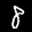
Label: 8